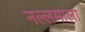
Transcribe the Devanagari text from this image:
नल्लमाला